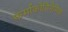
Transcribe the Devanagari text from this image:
फर्माकोडिनेमिक